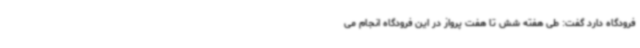
فرودگاه دارد گفت: طی هفته شش تا هفت پرواز در این فرودگاه انجام می